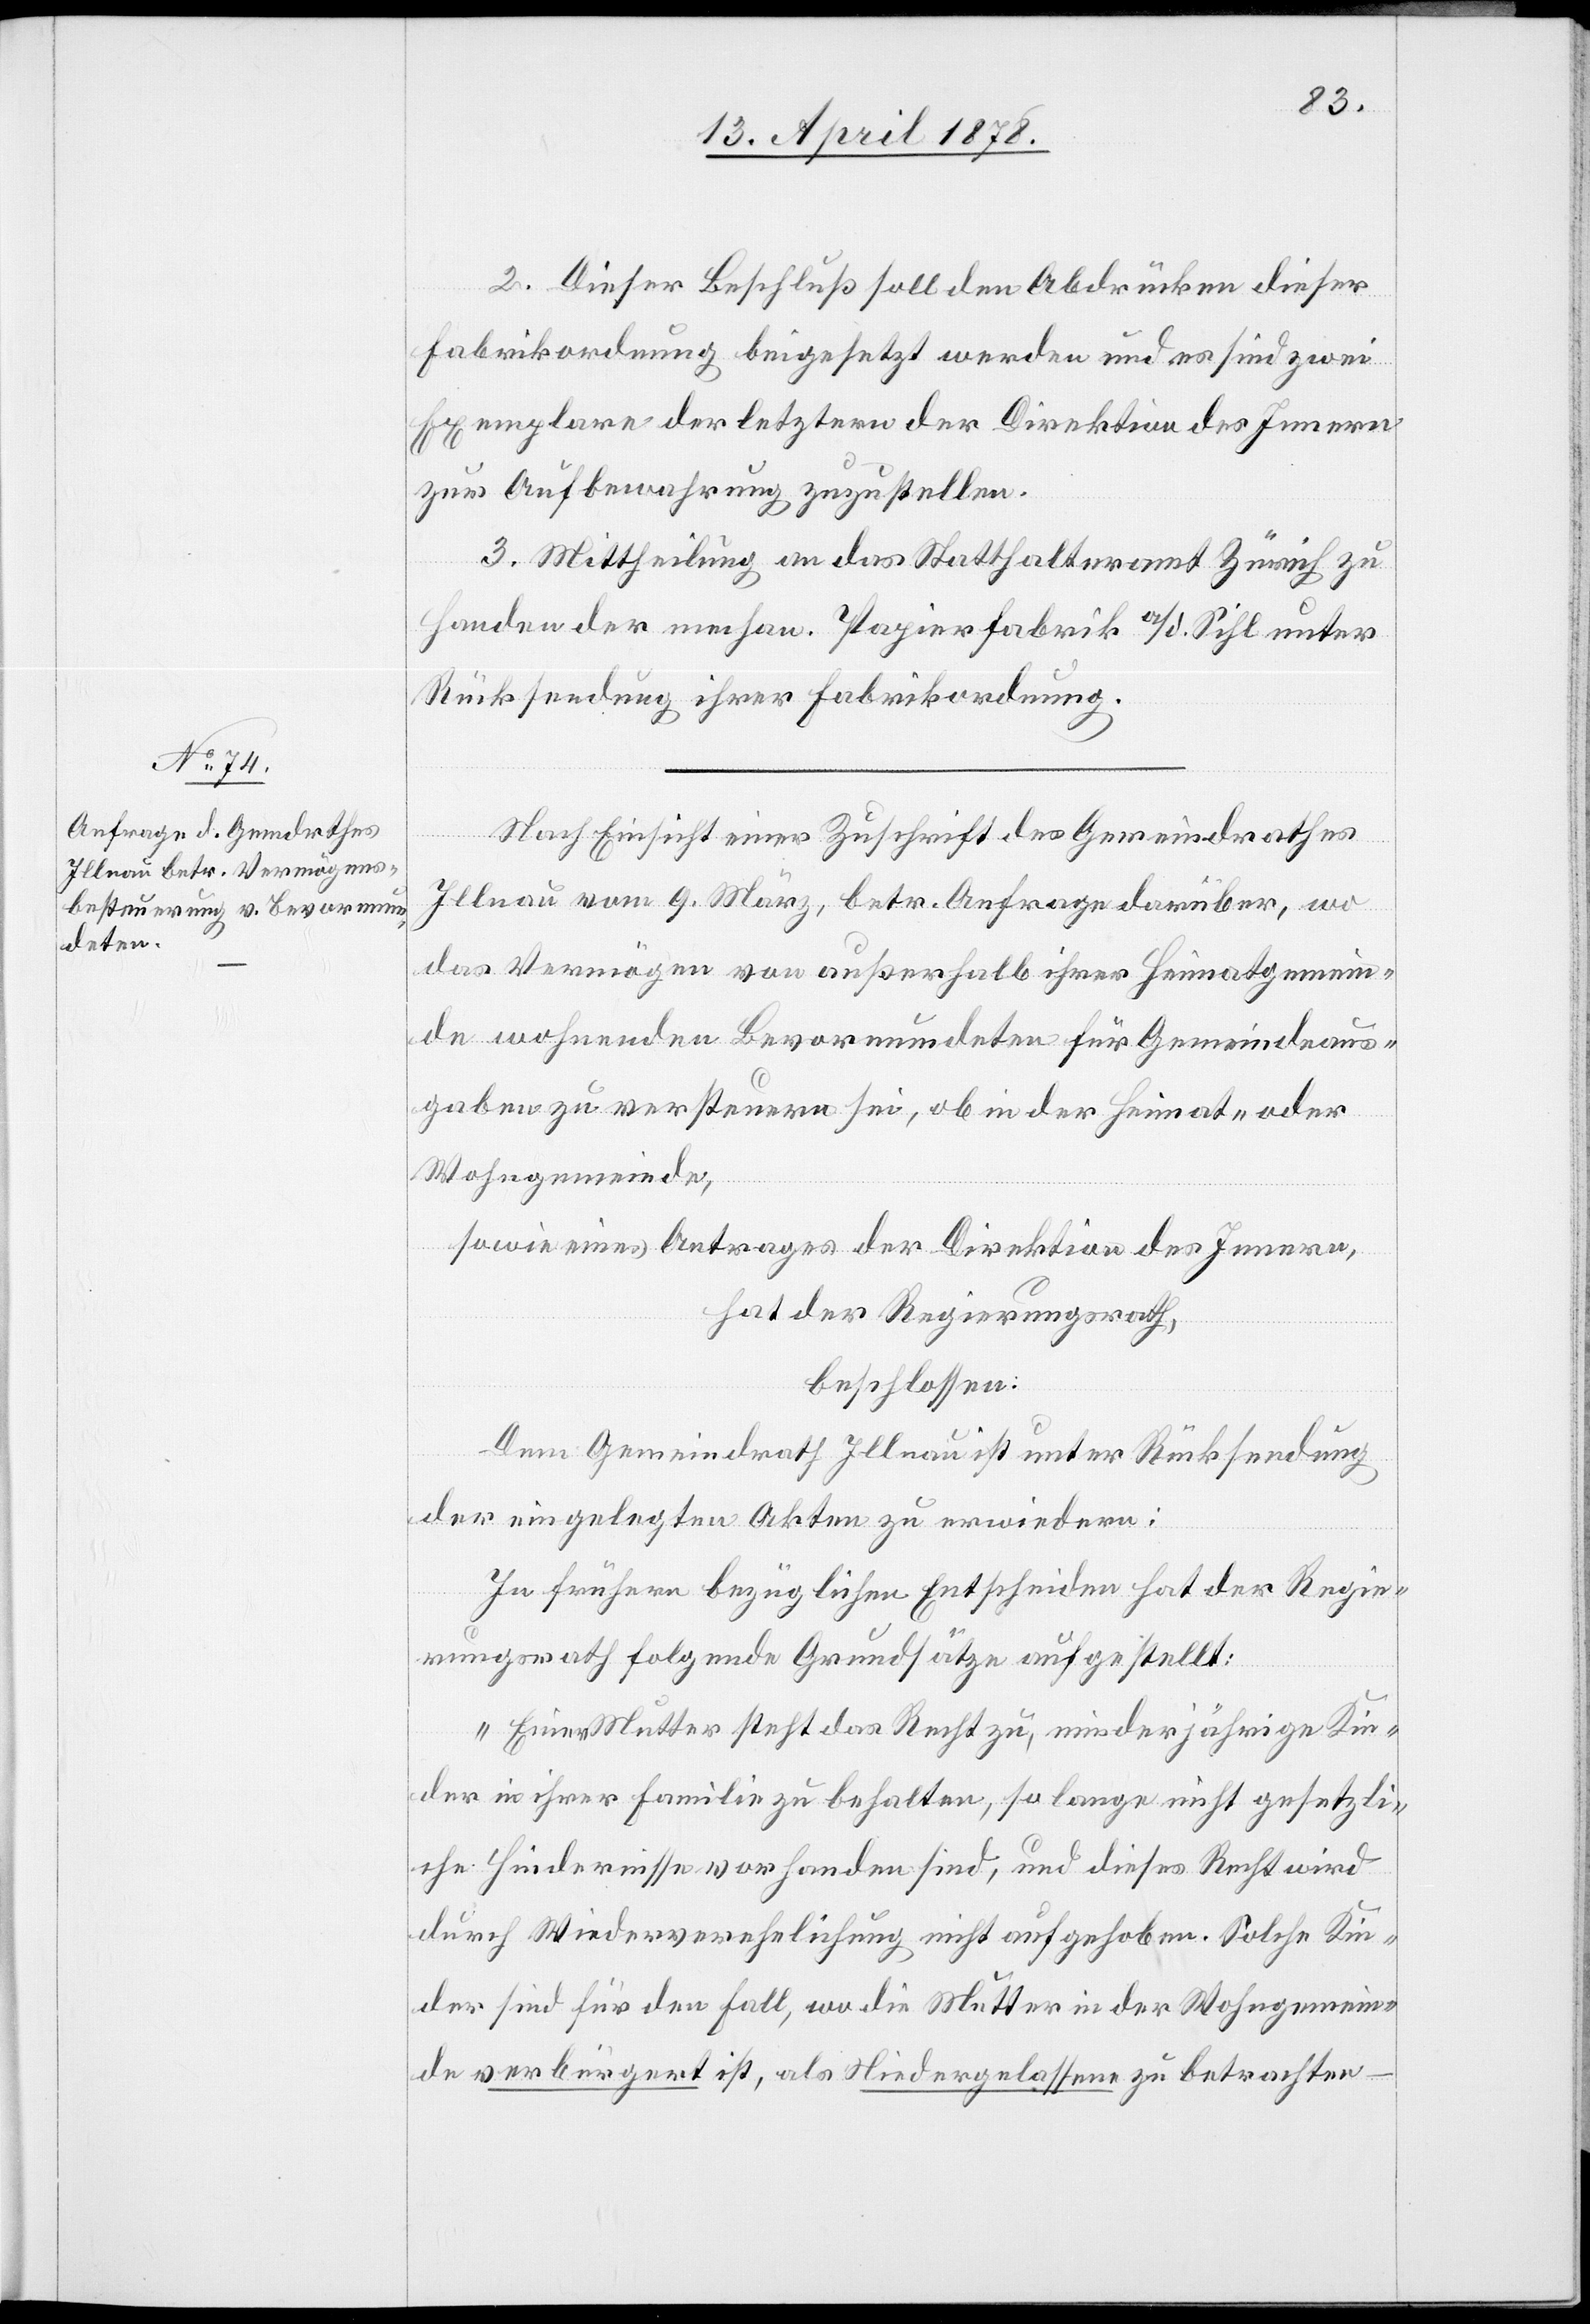
2. Dieser Beschluß soll den Abdrücken dieser
Fabrikordnung beigesetzt werden und es sind zwei
Exemplare der letztern der Direktion des Innern
zur Aufbewahrung zuzustellen.
3. Mittheilung an das Statthalteramt Zürich zu
Handen der mechan. Papierfabrik a/d. Sihl unter
Rücksendung ihrer Fabrikordnung.
Nach Einsicht einer Zuschrift des Gemeindrathes
Illnau vom 9. März, betr. Anfrage darüber, wo
das Vermögen von Außerhalb ihrer Heimtgemein¬
de wohnenden Bevormundeten für Gemeindeaus¬
gaben zu versteuern sei, ob in der Heimat- oder
Wohngemeinde,
sowie eines Antrages der Direktion des Innern,
hat der Regierungsrath,
beschlossen:
Dem Gemeindrath Illnau ist unter Rücksendung
der eingelegten Akten zu erwiedern:
In frühern bezüglichen Entscheiden hat der Regie¬
rungsrath folgende Grundsätze aufgestellt:
„Einer Mutter steht das Recht zu, minderjähgie Kin¬
der in ihrer Familie zu behalten, so lange nicht gesetzli¬
che Hindernisse vorhanden sind, und dieses Recht wird
durch Wiederverehelichung nicht aufgehoben. Solche Kin¬
der sind für den Fall, wo die Mutter in der Wohngemein¬
de verbürgert ist, als Niedergelassene zu betrachten